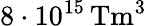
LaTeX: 8\cdot 10^{15}\, \mathrm{Tm}^{3}